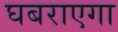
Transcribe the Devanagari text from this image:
घबराएगा